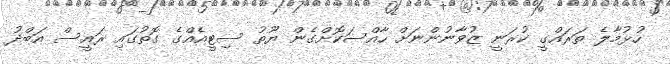
ހުޅުމާލެ ތަަރައްގީ ކުރަނީ ޒުވާނުންނަށް ހާއްސަކޮށްގެން ޔޫތު ސިޓީއެއްގެ ގޮތުގައި ރައީސް އަބްދު